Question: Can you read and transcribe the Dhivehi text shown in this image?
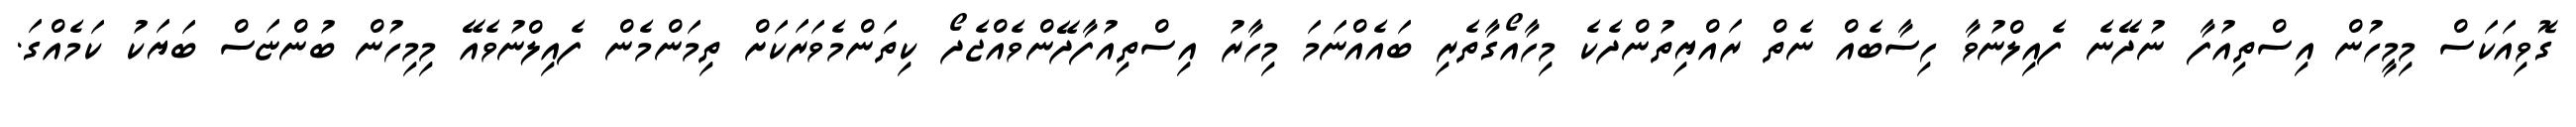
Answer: ގޮވިއަކަސް މިމީހުން އިސްތިއުފާ ނުދޭނެ ފެއިލްނުވާ ހިސާބެއް ނެތް ރައްޔިތުންދެކެ މިހާއޯގާތެރި ބައެއްނަމަ މިހާރު އިސްތިއުފާދޭންވެއްޖެދޯ ކިތަންމެވަރަކަށް ތިމަންމެން ފެއިލްނުވެއޭ މިމިހުން ބުންޏަސް ބަޔަކު ކަމެއްގަ.